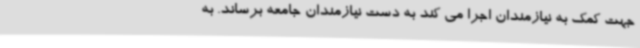
جهت کمک به نیازمندان اجرا می کند به دست نیازمندان جامعه برساند. به